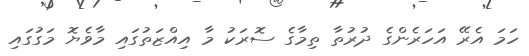
ހަމަ އެރޭ އަހަރެންގެ ދުރުތާ ތިމާގެ ސޮރަކު މާ އިއްޒަތުގައި މާވެޔޮ މަގުގައި